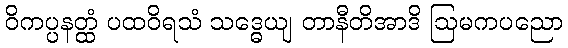
ဝိကပ္ပနတ္ထံ ပထဝိရသံ သဒ္ဓေယျ တာနီတိအာဒိ ဩမကပညော